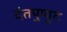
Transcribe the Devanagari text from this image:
दंतपुप्पुट